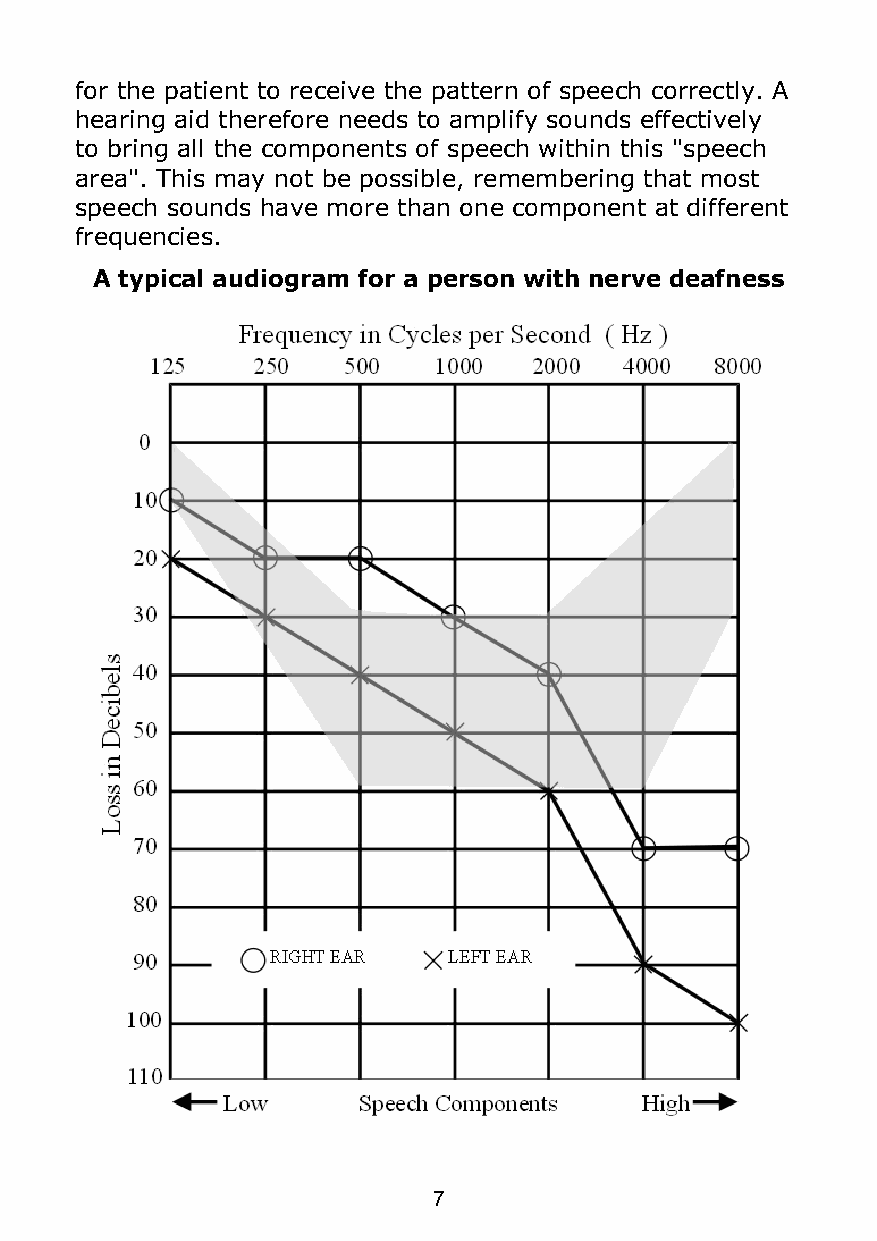
for the patient to receive the pattern of speech correctly. A
 hearing aid therefore needs to amplify sounds effectively
 to bring all the components of speech within this "speech
 area". This may not be possible, remembering that most
 speech sounds have more than one component at different
 frequencies.
 A typical audiogram for a person with nerve deafness
 7